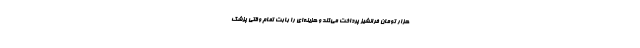
هزار تومان فرانشیز پرداخت می‌کند و هزینه‌ای را بابت تمام وقتی پزشک